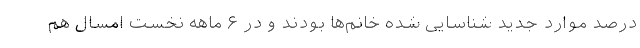
درصد موارد جدید شناسایی شده خانم‌ها بودند و در ۶ ماهه نخست امسال هم